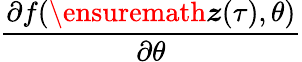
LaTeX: \frac{\partial f(\ensuremath{\boldsymbol{z}}(\tau),\theta)}{\partial\theta}